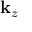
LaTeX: \mathbf { k } _ { z }